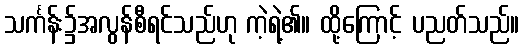
သင်္ကန်း၌အလွန်စီရင်သည်ဟု ကဲ့ရဲ့၏။ ထို့ကြောင့် ပညတ်သည်။